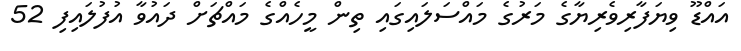
އައްޑޫ ވިޔަފާރިވެރިޔާގެ މަރުގެ މައްސަލައިގައި ތިން މީހެއްގެ މައްޗަށް ދައުވާ އުފުލައިފި 52